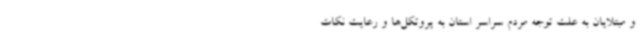
و مبتلایان به علت توجه مردم سراسر استان به پروتکل‌ها و رعایت نکات